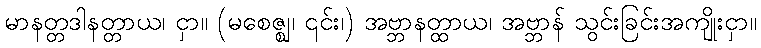
မာနတ္တဒါနတ္တာယ၊ ငှာ။ (မစေဇ္ဈ၊ ၎င်း၊) အဗ္ဘာနတ္ထာယ၊ အဗ္ဘာန် သွင်းခြင်းအကျိုးငှာ။